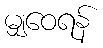
မျှဝေရန်